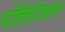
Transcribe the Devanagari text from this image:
पाॅलिटिकल